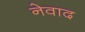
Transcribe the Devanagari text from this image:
नेवाद